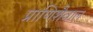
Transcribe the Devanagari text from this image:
प्राणिशैवाल